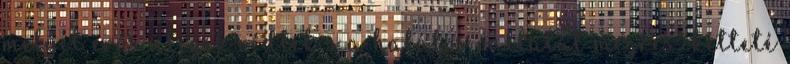
melyet erős ütegek védtek s a halálos vállalat megreszketteté